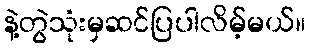
နဲ့တွဲသုံးမှဆင်ပြပါလိမ့်မယ်။